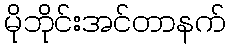
မိုဘိုင်းအင်တာနက်